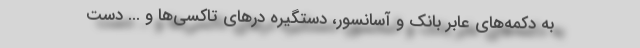
به دکمه‌های عابر بانک و آسانسور، دستگیره درهای تاکسی‌ها و ... دست